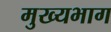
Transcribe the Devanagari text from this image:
मुख्यभाग